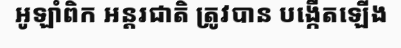
អូឡាំពិក អន្តរជាតិ ត្រូវបាន បង្កើតឡើង